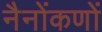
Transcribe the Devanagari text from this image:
नैनोंकणों